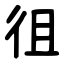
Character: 徂